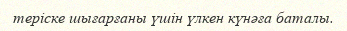
теріске шығарғаны үшін үлкен күнәға баталы.